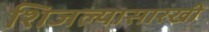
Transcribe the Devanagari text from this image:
शिजल्यासारखी